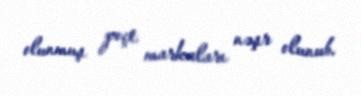
olunmuş poçt markaları nəşr olunub.